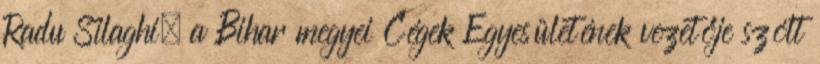
Radu Silaghi, a Bihar megyei Cégek Egyesületének vezetője szólt